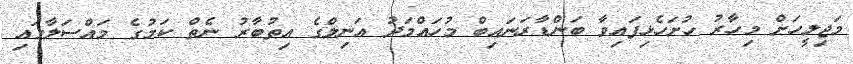
މަޖިލީހަށް މިހާރު ހުށަހެޅިފައިވާ ބަންޑާރަނައިބް މުހައްމަދު އަނިލްގެ އިތުބާރު ނެތް ކަމުގެ މައްސަލާގައި